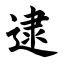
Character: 逮